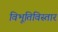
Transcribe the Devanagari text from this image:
विभूतिविस्तार